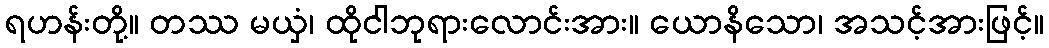
ရဟန်းတို့။ တဿ မယှံ၊ ထိုငါဘုရားလောင်းအား။ ယောနိသော၊ အသင့်အားဖြင့်။